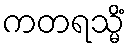
ကတရသ္မိံ